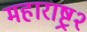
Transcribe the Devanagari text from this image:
महाराष्ट्र२